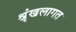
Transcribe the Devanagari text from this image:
श्रृंखलागत